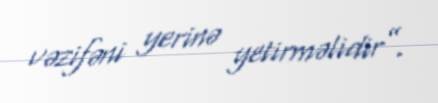
vəzifəni yerinə yetirməlidir”.